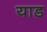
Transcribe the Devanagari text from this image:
याड